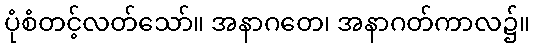
ပုံစံတင့်လတ်သော်။ အနာဂတေ၊ အနာဂတ်ကာလ၌။